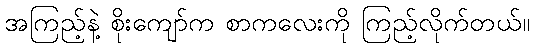
အကြည့်နဲ့ စိုးကျော်က စာကလေးကို ကြည့်လိုက်တယ်။